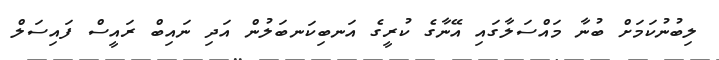
ލިބުނުކަމަށް ބުނާ މައްސަލާގައި އޭނާގެ ކުރީގެ އަނބިކަނބަލުން އަދި ނައިބް ރައީސް ފައިސަލް